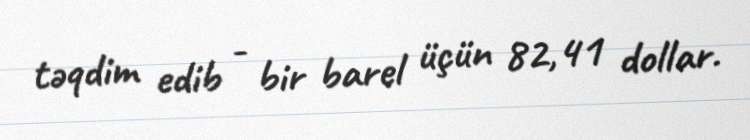
təqdim edib - bir barel üçün 82,41 dollar.